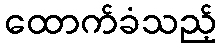
ထောက်ခံသည့်